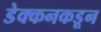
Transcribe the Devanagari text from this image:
डेक्कनकडून